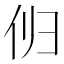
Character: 𫢔